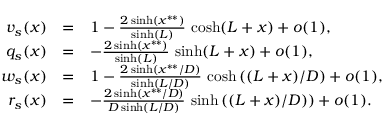
\begin{array} { r c l r c l } { v _ { s } ( x ) } & { = } & { 1 - \frac { 2 \sinh ( x ^ { * * } ) } { \sinh ( L ) } \, \cosh ( L + x ) + o ( 1 ) , } \\ { q _ { s } ( x ) } & { = } & { - \frac { 2 \sinh ( x ^ { * * } ) } { \sinh ( L ) } \, \sinh ( L + x ) + o ( 1 ) , } \\ { w _ { s } ( x ) } & { = } & { 1 - \frac { 2 \sinh \left( x ^ { * * } / D \right) } { \sinh \left( L / D \right) } \, \cosh \left( ( L + x ) / D \right) + o ( 1 ) , } \\ { r _ { s } ( x ) } & { = } & { - \frac { 2 \sinh \left( x ^ { * * } / D \right) } { D \sinh \left( L / D \right) } \, \sinh \left( ( L + x ) / D ) \right) + o ( 1 ) . } \end{array}